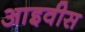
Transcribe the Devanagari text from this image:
आइवीस